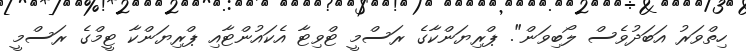
ހިތްވަރު އަބަދުވެސް ލޯބިވަން". ޕްރިޔަންކާގެ ރަސްމީ ޓްވިޓާ އެކައުންޓާއި ޕްރިޔަންކާ ޓީމްގެ ރަސްމީ